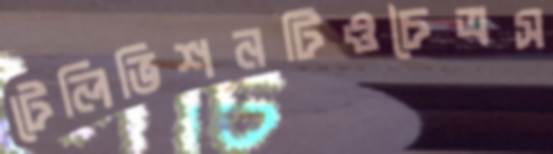
টেলিভিশনটিওচৈত্রস